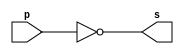
// -------------------------
// Exemplo0002 - NOT
// Nome: Djonatas Tulio Rodrigues Costa
// -------------------------

// -------------------------
// -- not gate
// -------------------------
module notgate (output s, input p);
	assign s = ~p;
endmodule // notgate

// -------------------------
// -- test not gate
// -------------------------
module testnotgate;
// ------------------------- dados locais
	reg a;	// definir registrador
		// (variavel independente)
	wire s;	// definir conexao (fio)
		// (variavel dependente)
// ------------------------- instancia
	notgate NOT1 (s, a);
// ------------------------- preparacao
	initial begin:start
		a=0;
	end
// ------------------------- parte principal
	initial begin
		$display("Exemplo0002 - Djonatas Tulio Rodrigues Costa - 440954");
		$display("Test NOT gate");
		$display("\n~a = s\n");
			a=0;
	#1 $display("~%b = %b", a, s);
			a=1;
	#1 $display("~%b = %b", a, s);
	end
	
endmodule // testnotgate